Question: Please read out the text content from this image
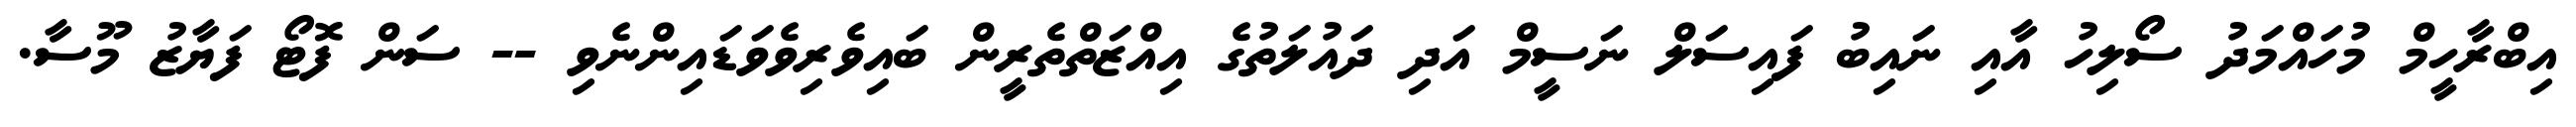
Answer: އިބްރާހީމް މުހައްމަދު ސޯލިހު އާއި ނައިބު ފައިސަލް ނަސީމް އަދި ދައުލަތުގެ އިއްޒަތްތެރީން ބައިވެރިވެވަޑައިންނެވި -- ސަން ފޮޓޯ ފަޔާޒު މޫސާ.